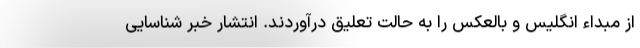
از مبداء انگلیس و بالعکس را به حالت تعلیق درآوردند. انتشار خبر شناسایی